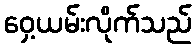
ဝှေ့ယမ်းလိုက်သည်